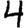
Digit: 4